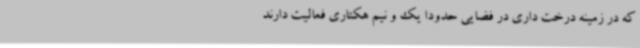
که در زمینه درخت داری در فضایی حدودا یک و نیم هکتاری فعالیت دارند